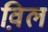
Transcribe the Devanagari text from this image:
व़िल